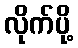
လိုက်ပို့